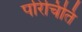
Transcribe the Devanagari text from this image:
परिचिति